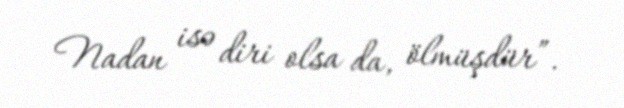
Nadan isə diri olsa da, ölmüşdür”.